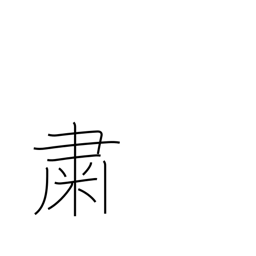
Meaning: quietly